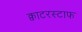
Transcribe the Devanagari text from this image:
क्वाटरस्टाफ